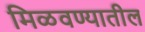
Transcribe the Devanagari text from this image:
मिळवण्यातील